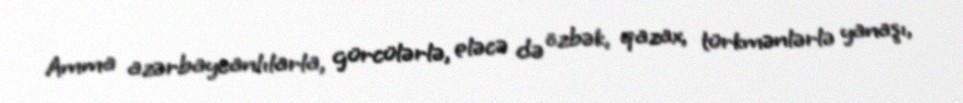
Amma azərbaycanlılarla, gürcülərlə, eləcə də özbək, qazax, türkmənlərlə yanaşı,